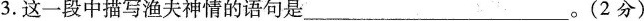
3.这一段中描写渔夫神情的语句是___。（2分）